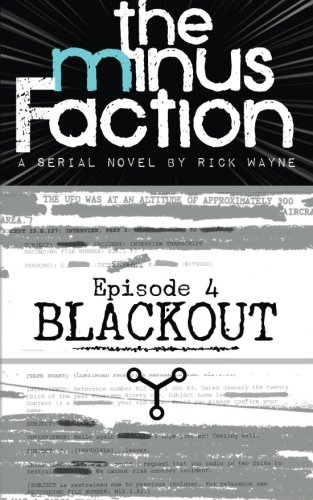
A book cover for The Minus Faction - Episode Four: Blackout (Volume 4); Rick Wayne; Science Fiction & Fantasy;